Mental hospitals Bombay report 1921-28 - 1921-1928
Year: 1921
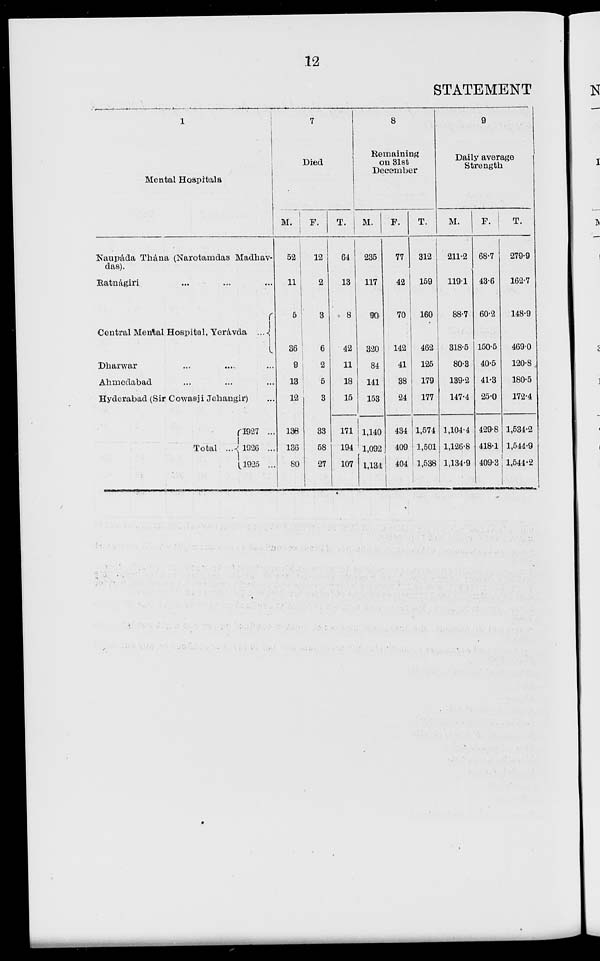
12
STATEMENT
Mental Hospitals
Naupáda Thána (Narotamdas Madhav-
das).
Ratnágiri ... ... ...
Central Mental Hospital, Yerávda
...
Dharwar ... ... ...
Ahmedabad ... ... ...
Hyderabad (Sir Cowasji Jehangir) ...
Total ...
1927 ...
1926 ...
1925 ...
7
M.
52
11
5
36
9
13
12
138
136
80
F.
12
2
3
6
2
5
3
33
58
27
T.
64
13
8
42
11
18
15
171
194
107
8
Remaining
on 31st
December
M.
235
117
90
320
84
141
153
1,140
1,092
1,134
F.
77
42
70
142
41
38
24
434
409
404
T.
312
159
160
462
125
179
177
1,574
1,501
1,538
9
Daily average
Strength
M.
211.2
119.1
88.7
318.5
80.3
139.2
147.4
1,104.4
1,126.8
1,134.9
F.
68.7
43.6
60.2
150.5
40.5
41.3
25.0
429.8
418.1
409.3
T.
279.9
162.7
148.9
469.0
120.8
180.5
172.4
1,534.2
1,544.9
1,544.2